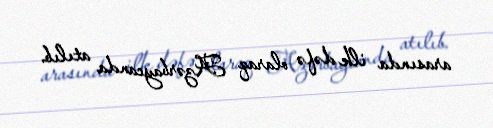
arasında ilk dəfə olaraq Azərbaycanda atılıb.